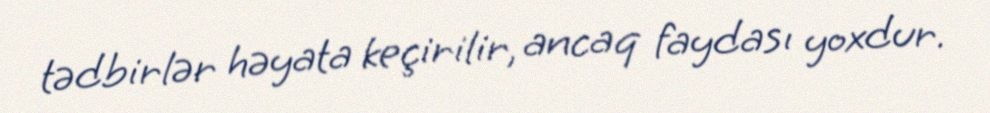
tədbirlər həyata keçirilir, ancaq faydası yoxdur.